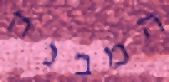
המבנה